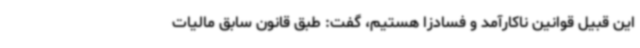
این قبیل قوانین ناکارآمد و فسادزا هستیم، گفت: طبق قانون سابق مالیات